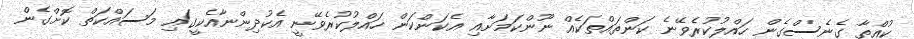
ކުއްތާ ގެނެސްގެން ހައްލުކުރެވޭނެ ކަންތައްތަކެއް ނޫންކަމަށާއި އެކަންކަން ހައްލުކުރެވޭނީ އެކުދިންނާއެކީގައި މަސައްކަތް ކޮށްގެން